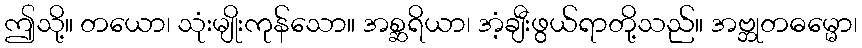
ဤသို့။ တယော၊ သုံးမျိုးကုန်သော။ အစ္ဆရိယာ၊ အံ့ချီးဖွယ်ရာတို့သည်။ အဗ္ဘုတဓမ္မော၊